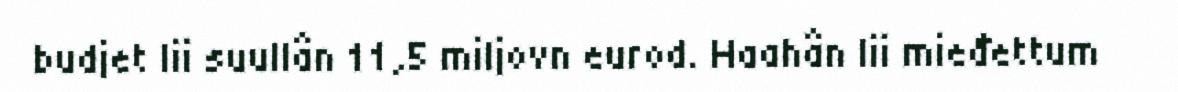
budjet lii suullân 11,5 miljovn eurod. Haahân lii mieđettum